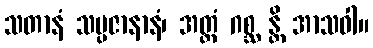
သတာနံ သမ္ပဇာနာနံ၊ အတ္ထံ ဂစ္ဆ န္တိ အာသဝါ။